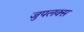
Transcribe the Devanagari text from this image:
जुपलक्स